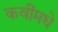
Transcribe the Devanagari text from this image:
कवींमधे